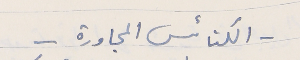
- الكنائس المجاورة –